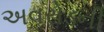
અવરોડની